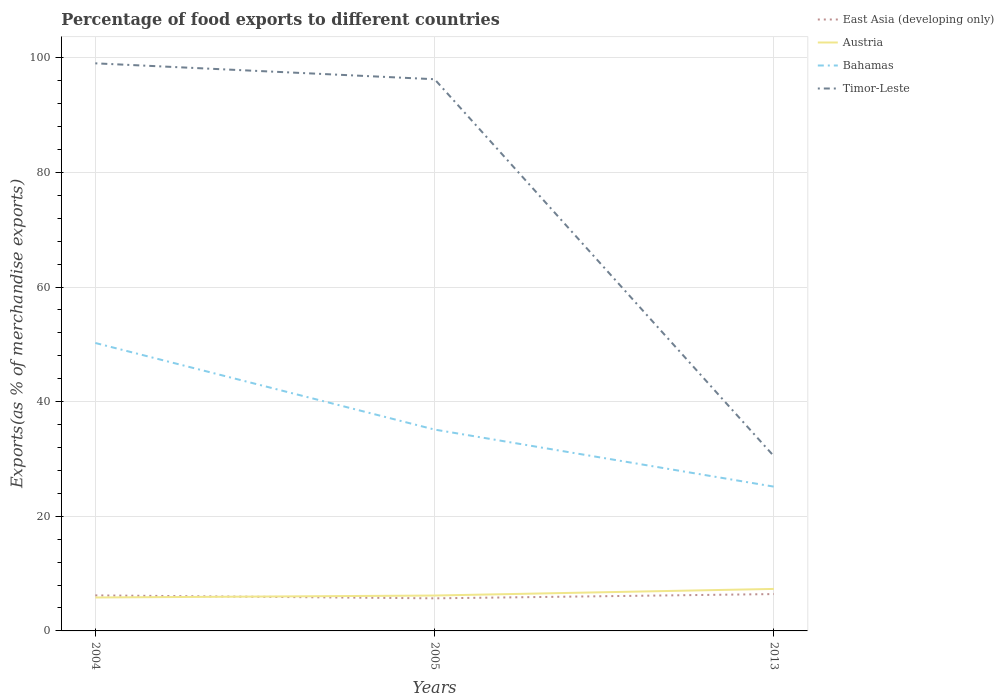
| Years | East Asia (developing only) | Austria | Bahamas | Timor-Leste |
 | --- | --- | --- | --- | --- |
 | 2004 | 6.2 | 5.83 | 50.2 | 99 |
 | 2005 | 5.69 | 6.18 | 35.1 | 96.3 |
 | 2013 | 6.43 | 7.33 | 25.2 | 30.5 |